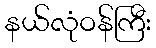
နယ်လုံဝန်ကြီး